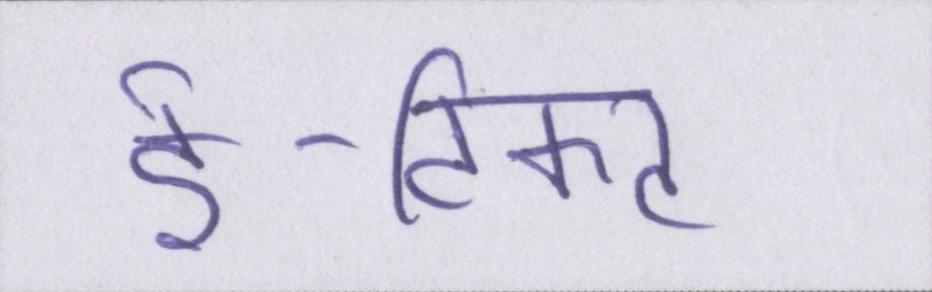
ई-टिकट